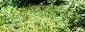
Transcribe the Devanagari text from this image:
सुभगार्चारत्न